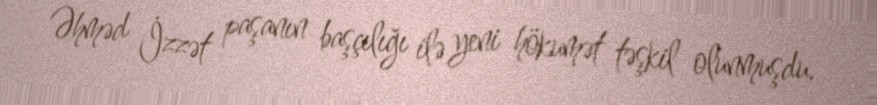
Əhməd İzzət paşanın başçılığı ilə yeni hökumət təşkil olunmuşdu.